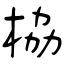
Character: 栛